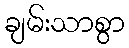
ချမ်းသာစွာ